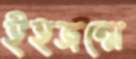
ইহজন্মে